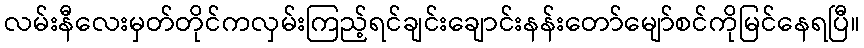
လမ်းနီလေးမှတ်တိုင်ကလှမ်းကြည့်ရင်ချင်းချောင်းနန်းတော်မျော်စင်ကိုမြင်နေရပြီ။